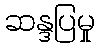
ဆန္ဒပြမှု